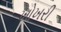
ખોખરી